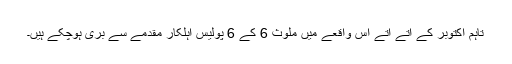
تاہم اکتوبر کے آتے آتے اس واقعے میں ملوث 6 کے 6 پولیس اہلکار مقدمے سے بری ہوچکے ہیں۔